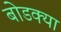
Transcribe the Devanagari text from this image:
बोडक्या